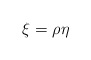
\begin{align*}\xi =\rho \eta \end{align*}